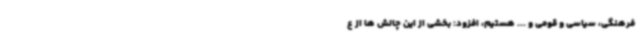
فرهنگی، سیاسی و قومی و ... هستیم، افزود: بخشی از این چالش ها از ع